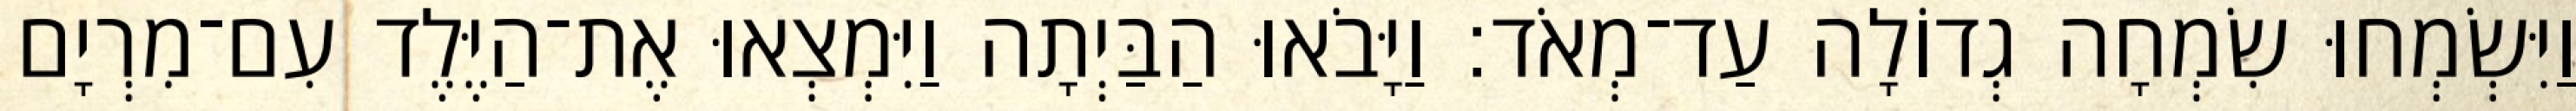
וַיִּשְׂמְחוּ שִׂמְחָה גְדוֹלָה עַד־מְאֹד׃ וַיָּבֹאוּ הַבַּיְתָה וַיִּמְצְאוּ אֶת־הַיֶּלֶד עִם־מִרְיָם